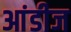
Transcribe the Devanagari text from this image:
आंडीज